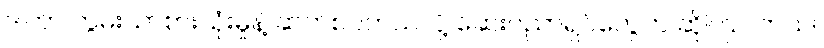
ဒါဟာ ကွမ်းယာစားသုံးမှုနဲ့ ဆက်စပ်တယ်လို့ ဆေးပညာရှင်တွေက ဆိုကြပါတယ်။